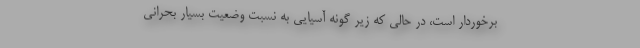
برخوردار است، در حالی که زیر گونه آسیایی به نسبت وضعیت بسیار بحرانی